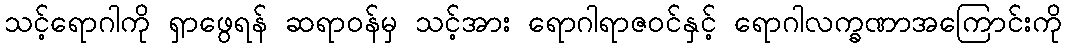
သင့်ရောဂါကို ရှာဖွေရန် ဆရာဝန်မှ သင့်အား ရောဂါရာဇဝင်နှင့် ရောဂါလက္ခဏာအကြောင်းကို